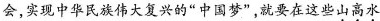
会，实现中华民族伟大复兴的”中国梦”，就要在这些\underset{·}{山}\underset{·}{高}\underset{·}{水}